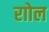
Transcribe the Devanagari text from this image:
राोल